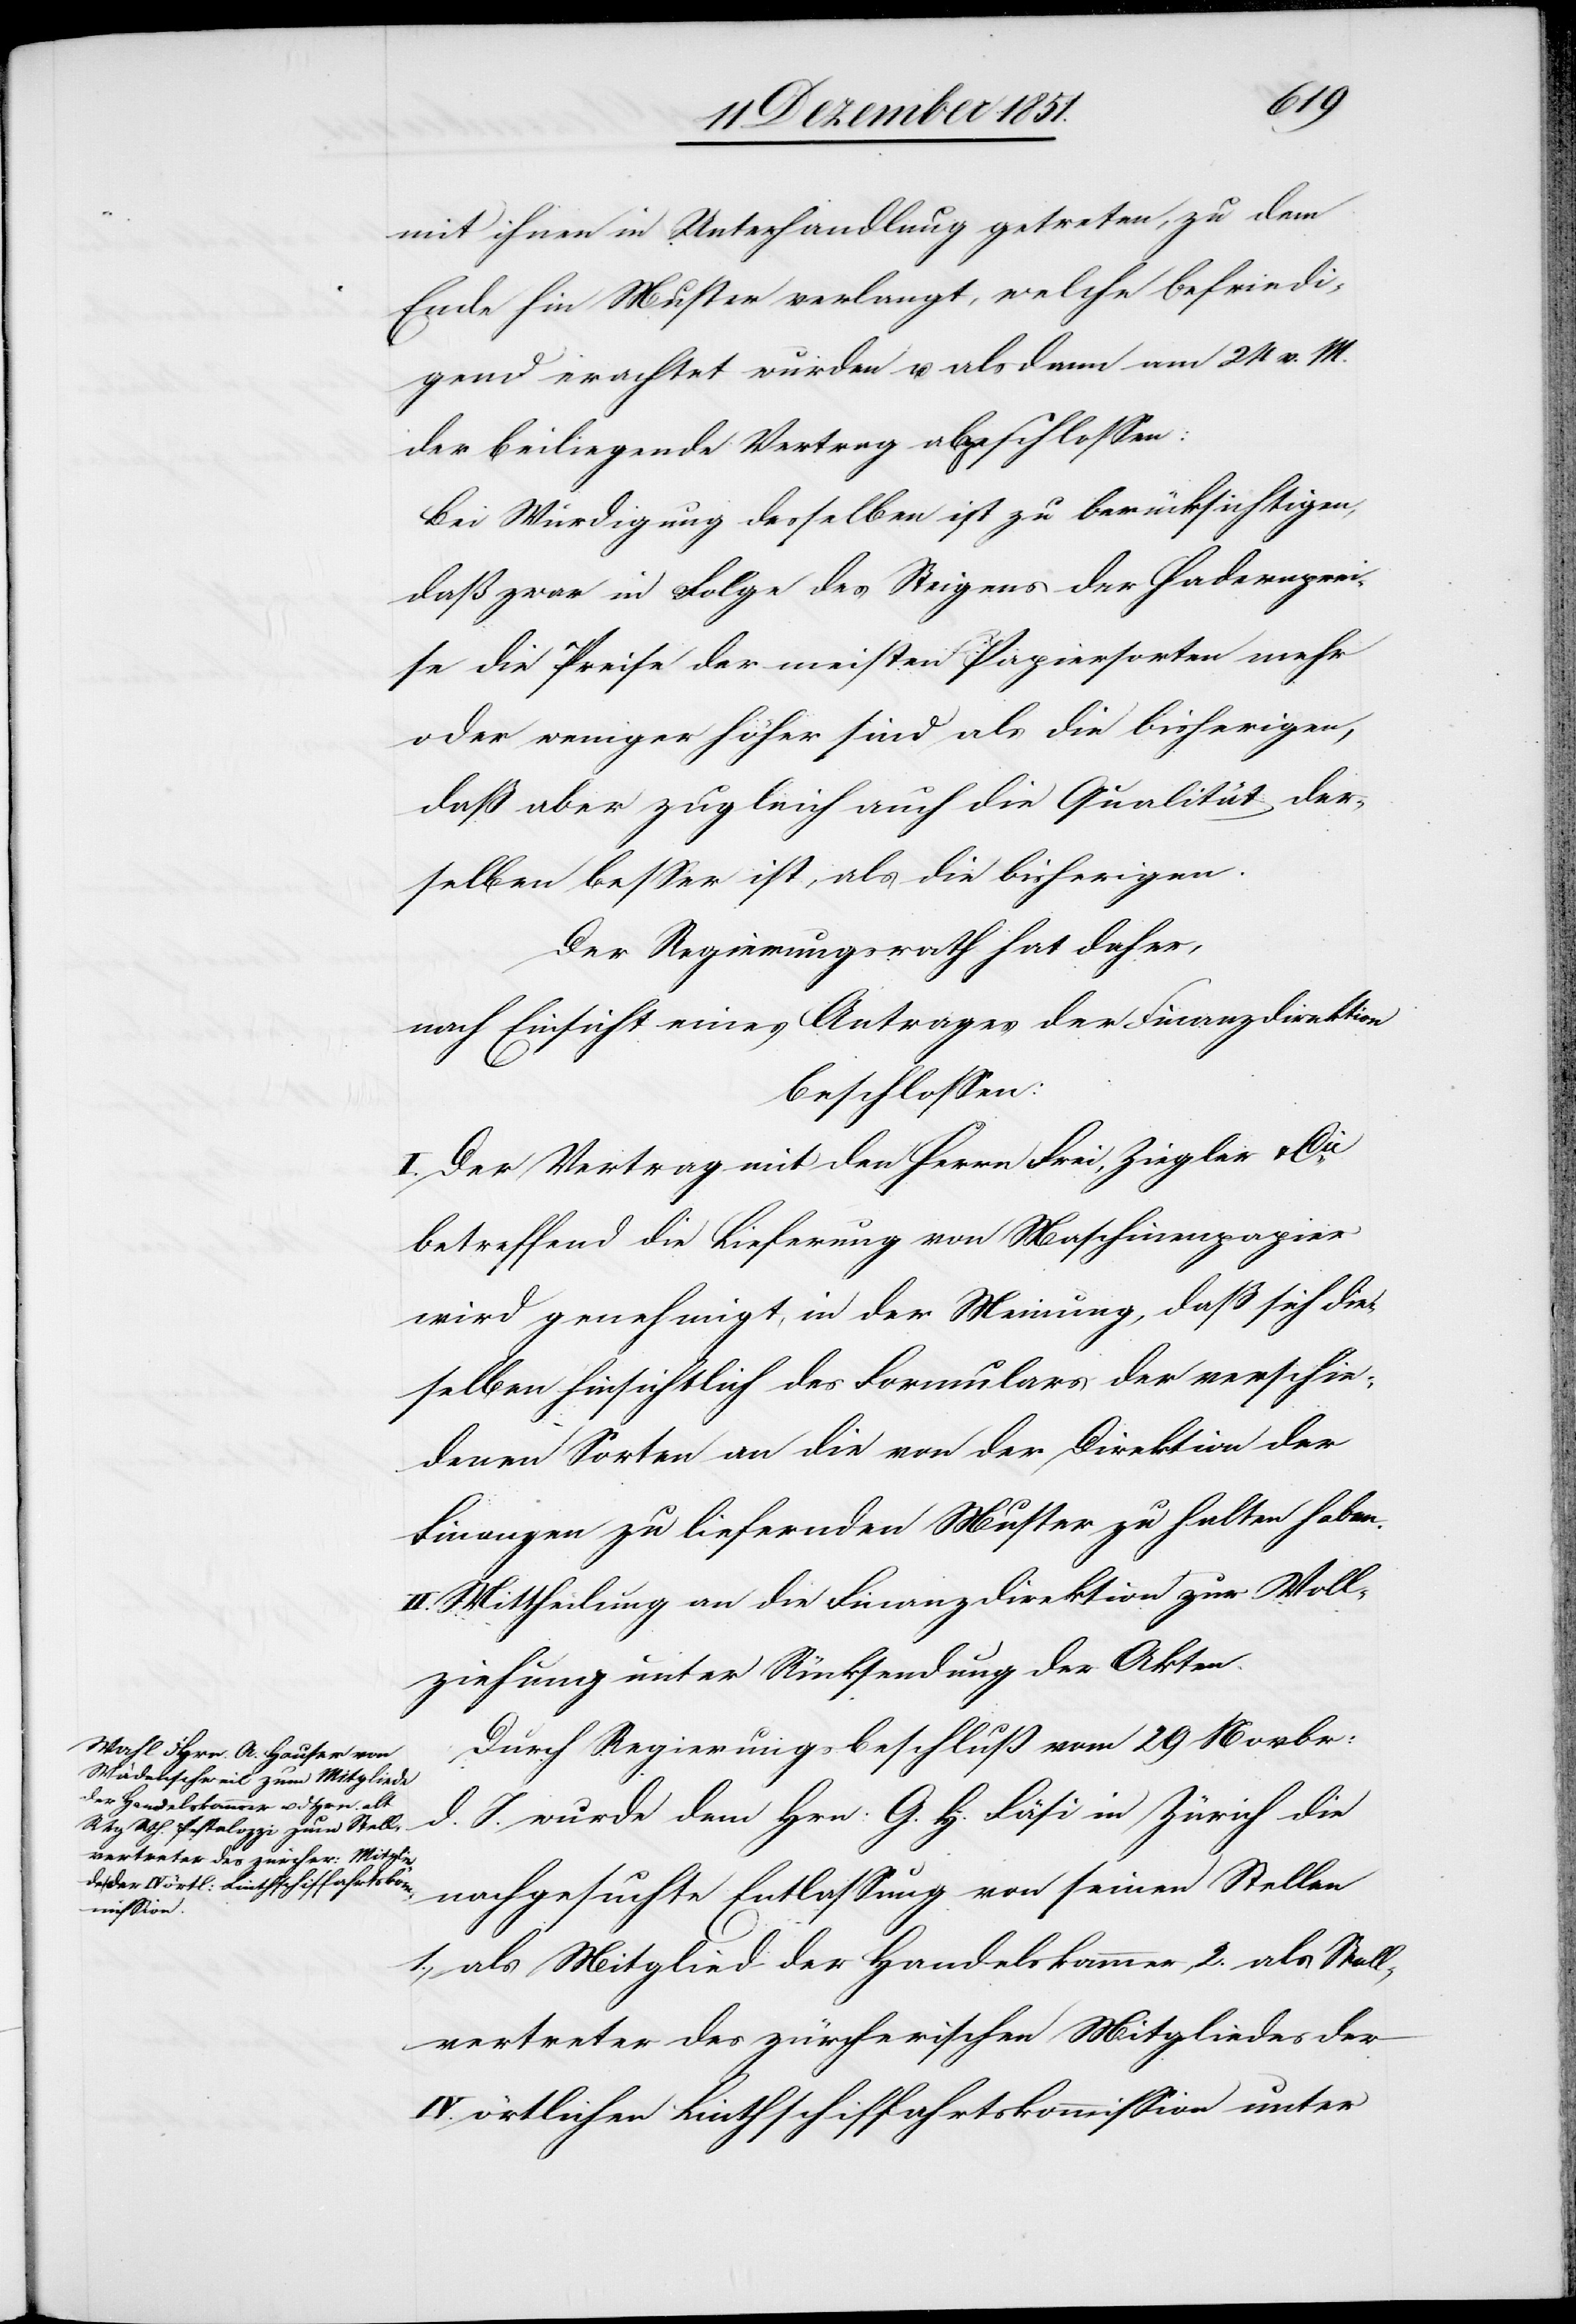
mit ihnen in Unterhandlung getreten, zu dem
Ende hin Muster verlangt, welche befriedi¬
gend erachtet wurden u. alsdann am 24 v. M.
der beiliegende Vertrag abgeschlossen:
Bei Würdigung desselben ist zu berücksichtigen,
daß zwar in Folge des Steigens der Hadernprei¬
se die Preise der meisten Papiersorten mehr
oder weniger höher sind als die bisherigen,
daß aber zugleich auch die Qualität der¬
selben besser ist, als die bisherigen.
Der Regierungsrath hat daher,
nach Einsicht eines Antrages der Finanzdirektion
beschlossen:
I. Der Vertrag mit den Herrn Frei, Ziegler & Cie.
betreffend die Lieferung von Maschinenpapier
wird genehmigt, in der Meinung, daß sich die¬
selben hinsichtlich des Formulars der verschie¬
denen Sorten an die von der Direktion der
Finanzen zu liefernden Muster zu halten haben.
II. Mittheilung an die Finanzdirektion zur Voll¬
ziehung unter Rücksendung der Akten.
Durch Regierungsbeschluß vom 29 Novbr:
d. J. wurde dem Hrn. G. H. Fäsi in Zürich die
nachgesuchte Entlassung von seinen Stellen
1., als Mitglied der Handelskammer, 2. als Stell¬
vertreter des zürcherischen Mitgliedes der
IV. örtlichen Linthschiffahrtskommission unter